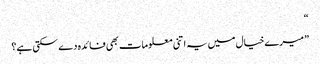
“
” میرے خیال میں یہ اتنی معلومات بھی فائدہ دے سکتی ہے؟